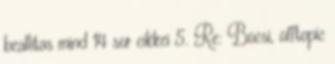
beallitas mind 14 sor cikkei 5. Re: Bocsi, offtopic